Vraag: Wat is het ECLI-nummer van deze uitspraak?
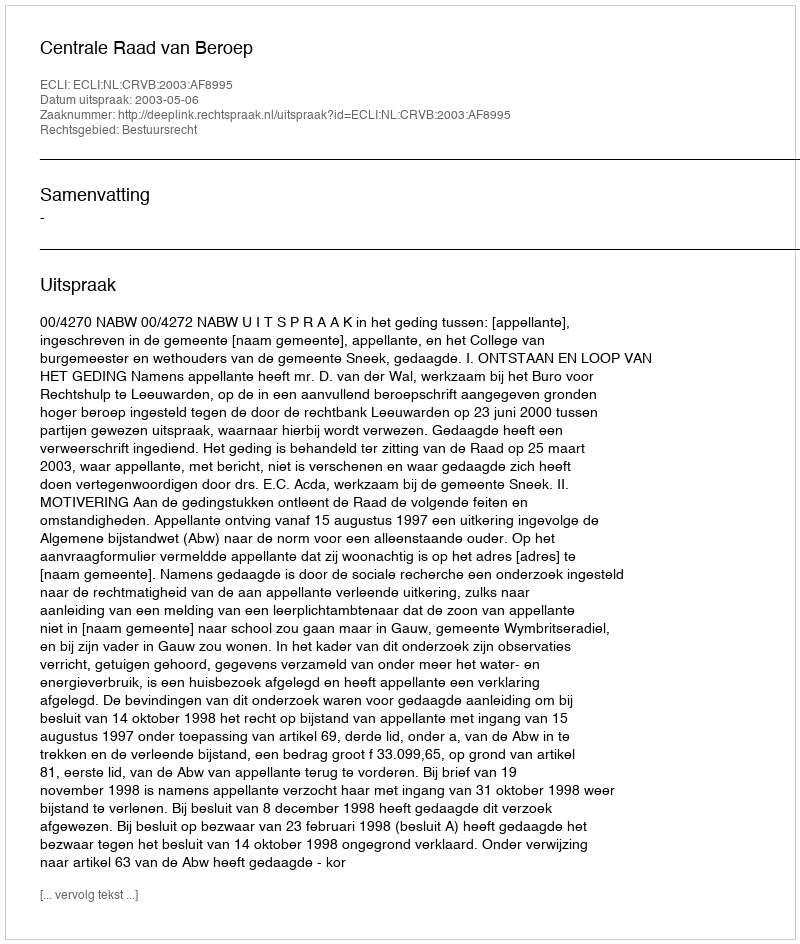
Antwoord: ECLI:NL:CRVB:2003:AF8995